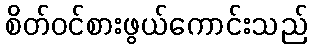
စိတ်ဝင်စားဖွယ်ကောင်းသည်